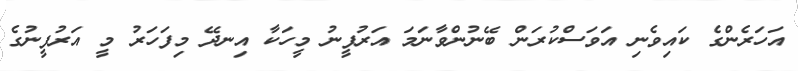
އަހަރެންގެ ކައިވެނި އަވަސްކުރަން ބޭނުންވާނަމަ އަރުފީނު މީހަކާ އިނދޭ މިފަހަރު މީ އަރުފީނުގެ